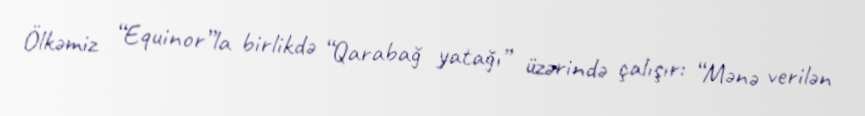
Ölkəmiz “Equinor”la birlikdə “Qarabağ yatağı” üzərində çalışır: “Mənə verilən